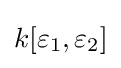
k[\varepsilon _{1},\varepsilon _{2}]